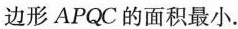
边形APQC的面积最小.